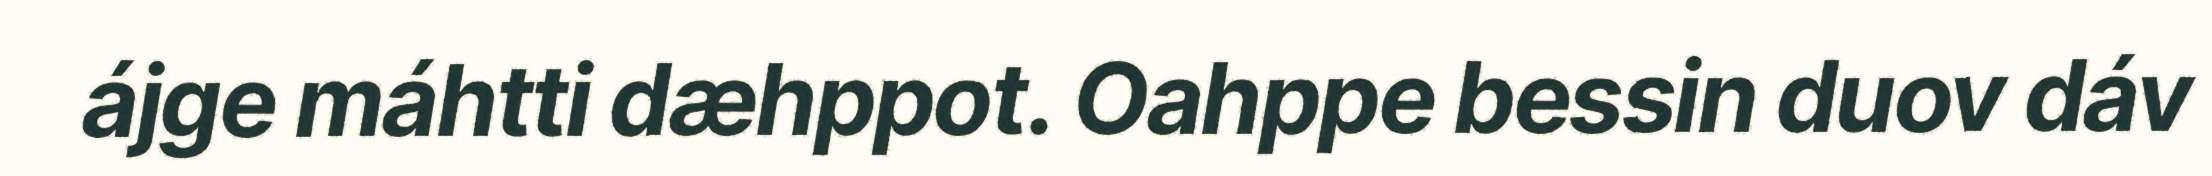
ájge máhtti dæhppot. Oahppe bessin duov dáv